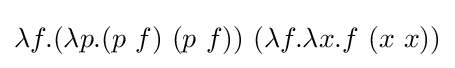
\lambda f.(\lambda p.(p\ f)\ (p\ f))\ (\lambda f.\lambda x.f\ (x\ x))